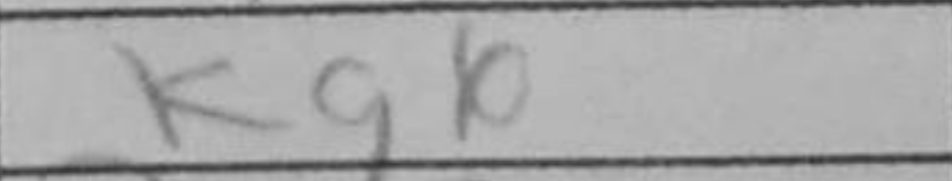
Transcription: Kg6